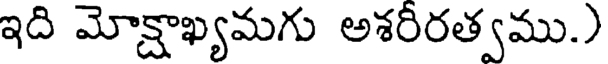
ఇది మోక్షాఖ్యమగు అశరీరత్వము.)